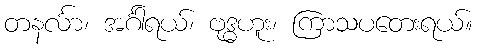
တနင်္လာ၊ အင်္ဂါရယ်၊ ဗုဒ္ဓဟူး၊ ကြာသပတေးရယ်။